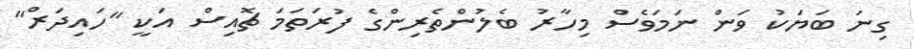
ގިނަ ބަޔަކު ވަން ނަމަވެސް މިހާރު ބެލުންތެރިންގެ ފުރަތަމަ ޗޮއިސް އަކީ "ހައިދަރް"